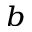
^ b